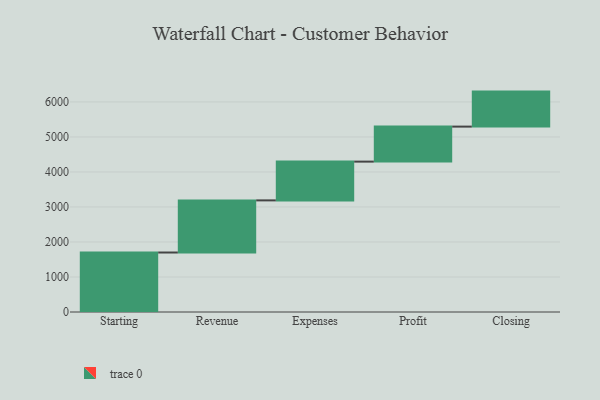
{"axis": {"x": "Step", "y": "Value"}, "legend": [""], "data": [{"x": "Starting", "y": 1699.0, "type": ""}, {"x": "Revenue", "y": 1489.0, "type": ""}, {"x": "Expenses", "y": 1107.0, "type": ""}, {"x": "Profit", "y": 1000, "type": ""}, {"x": "Closing", "y": 1000, "type": ""}]}